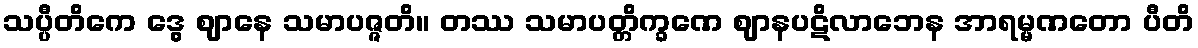
သပ္ပီတိကေ ဒွေ ဈာနေ သမာပဇ္ဇတိ။ တဿ သမာပတ္တိက္ခဏေ ဈာနပဋိလာဘေန အာရမ္မဏတော ပီတိ